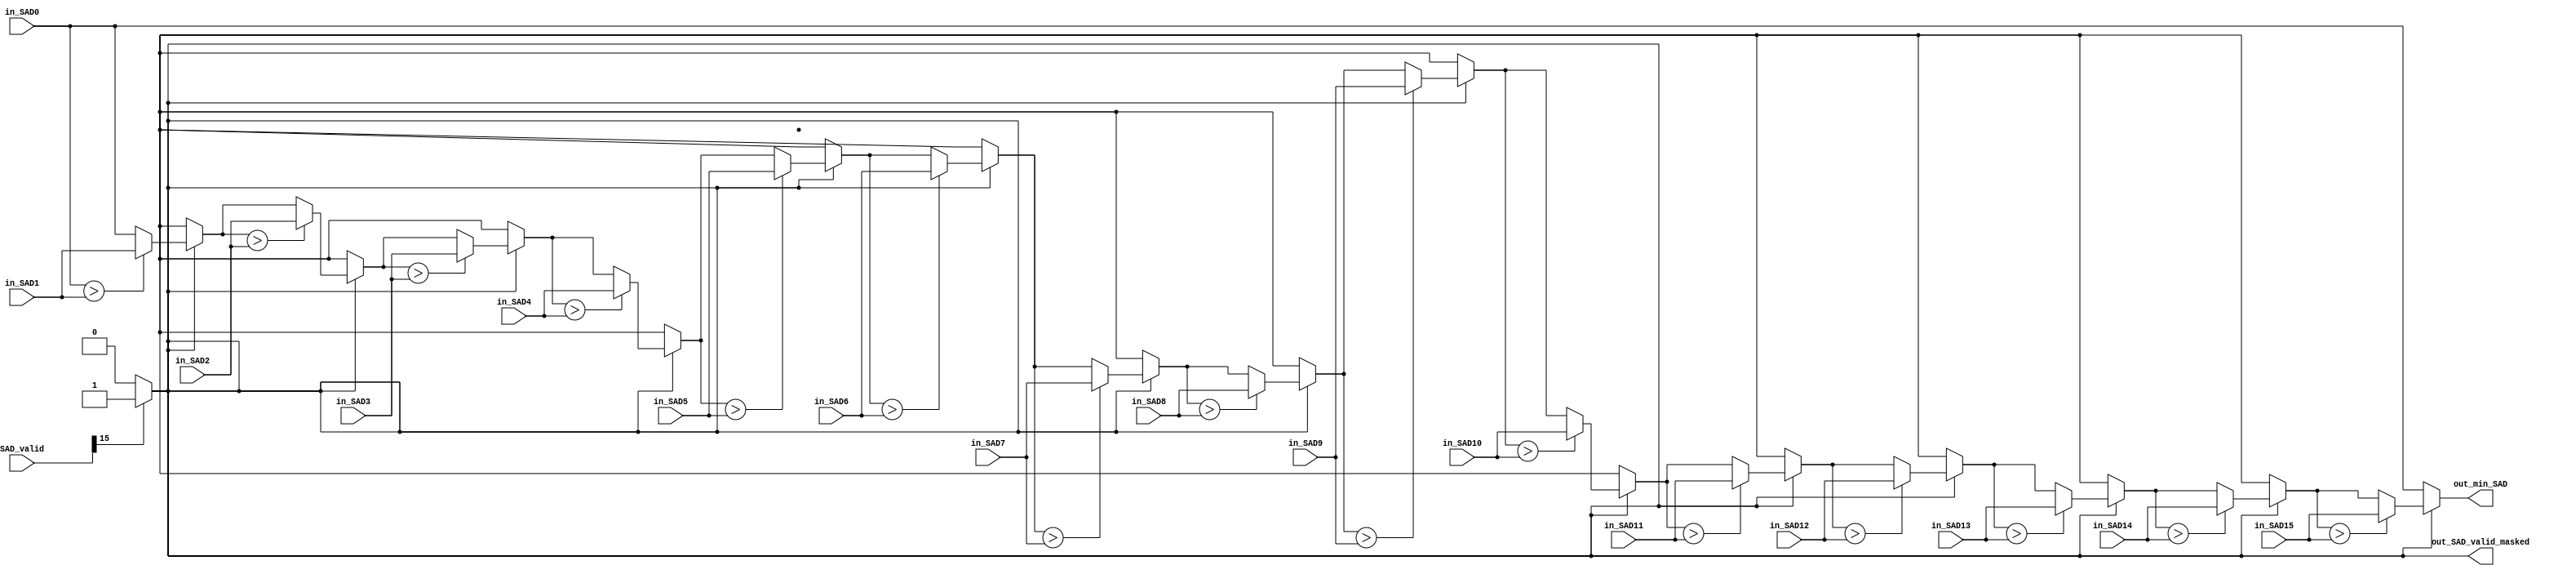
module InstantMinComp
	#(parameter MAX_DATA_WIDTH = 16,
	            PE_COUNT = 16
	)
	
	(
    input [MAX_DATA_WIDTH-1:0] in_SAD0, in_SAD1, in_SAD2, in_SAD3, in_SAD4, in_SAD5, in_SAD6, in_SAD7,in_SAD8, in_SAD9, in_SAD10, in_SAD11, in_SAD12, in_SAD13, in_SAD14, in_SAD15,
	input [PE_COUNT-1:0] SAD_valid, // ONLY USING MSB FOR VALID SIGNAL
	output out_SAD_valid_masked,
    output reg [MAX_DATA_WIDTH-1:0] out_min_SAD
);

    reg [MAX_DATA_WIDTH-1:0] in_SAD[0:PE_COUNT-1];
	wire SAD_valid_masking;
	
	
	assign SAD_valid_masking = (SAD_valid[15] == 1'b1)? 1'b1: 1'b0;
	assign out_SAD_valid_masked = SAD_valid_masking;							
	
	// 1D SAD ARRAY BEGIN 
    always @(*) begin // Populate the SAD array with input values
        in_SAD[0] = in_SAD0;
        in_SAD[1] = in_SAD1;
		in_SAD[2] = in_SAD2;
        in_SAD[3] = in_SAD3;
        in_SAD[4] = in_SAD4;
        in_SAD[5] = in_SAD5;
		in_SAD[6] = in_SAD6;
        in_SAD[7] = in_SAD7;
        in_SAD[8] = in_SAD8;
        in_SAD[9] = in_SAD9;
		in_SAD[10] = in_SAD10;
        in_SAD[11] = in_SAD11;
        in_SAD[12] = in_SAD12;
        in_SAD[13] = in_SAD13;
		in_SAD[14] = in_SAD14;
        in_SAD[15] = in_SAD15;
	end
	// 1D SAD ARRAY END
	
	// COMPARATOR ALGORITHM BEGIN
	integer i;
    always @(*) begin  // Initialize minimum SAD to the first value
        out_min_SAD = in_SAD[0]; 
		if(SAD_valid_masking) begin // Only proceed if the overall valid signal is set
			for (i = 1; i < 16; i = i + 1) begin
				if (out_min_SAD > in_SAD[i]) begin
					out_min_SAD = in_SAD[i]; 
				end
			end
        end
    end
    // COMPARATOR ALGORITHM END
    
endmodule